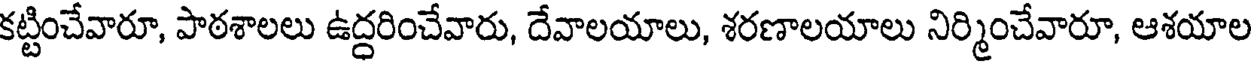
కట్టించేవారూ, పాఠశాలలు ఉద్దరించేవారు, దేవాలయాలు, శరణాలయాలు నిర్మించేవారూ, ఆశయాల